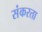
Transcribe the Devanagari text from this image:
संकरता